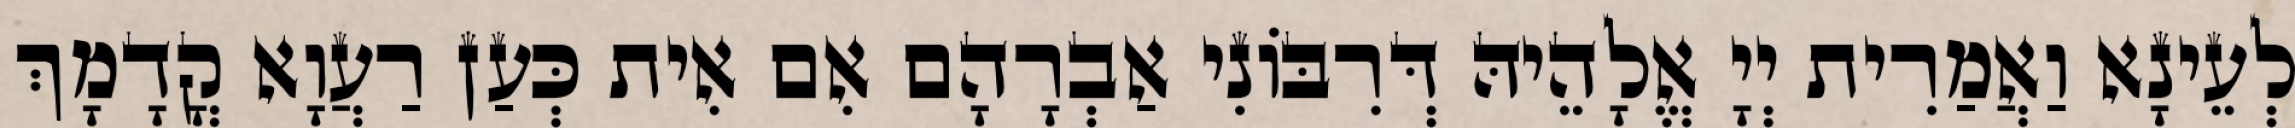
לְעֵינָא וַאֲמַרִית יְיָ אֱלָהֵיהּ דְּרִבּוֹנִי אַבְרָהָם אִם אִית כְּעַן רַעֲוָא קֳדָמָךְ